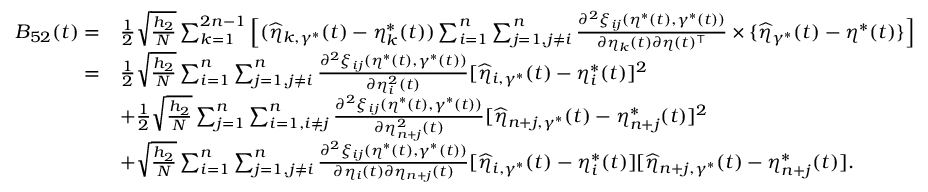
\begin{array} { r l } { B _ { 5 2 } ( t ) = } & { \frac { 1 } { 2 } \sqrt { \frac { h _ { 2 } } { N } } \sum _ { k = 1 } ^ { 2 n - 1 } \Big [ ( \widehat { \eta } _ { k , \gamma ^ { * } } ( t ) - \eta _ { k } ^ { * } ( t ) ) \sum _ { i = 1 } ^ { n } \sum _ { j = 1 , j \neq i } ^ { n } \frac { \partial ^ { 2 } \xi _ { i j } ( \eta ^ { * } ( t ) , \gamma ^ { * } ( t ) ) } { \partial \eta _ { k } ( t ) \partial \eta ( t ) ^ { \top } } \times \{ \widehat { \eta } _ { \gamma ^ { * } } ( t ) - \eta ^ { * } ( t ) \} \Big ] } \\ { = } & { \frac { 1 } { 2 } \sqrt { \frac { h _ { 2 } } { N } } \sum _ { i = 1 } ^ { n } \sum _ { j = 1 , j \neq i } ^ { n } \frac { \partial ^ { 2 } \xi _ { i j } ( \eta ^ { * } ( t ) , \gamma ^ { * } ( t ) ) } { \partial \eta _ { i } ^ { 2 } ( t ) } [ \widehat { \eta } _ { i , \gamma ^ { * } } ( t ) - \eta _ { i } ^ { * } ( t ) ] ^ { 2 } } \\ & { + \frac { 1 } { 2 } \sqrt { \frac { h _ { 2 } } { N } } \sum _ { j = 1 } ^ { n } \sum _ { i = 1 , i \neq j } ^ { n } \frac { \partial ^ { 2 } \xi _ { i j } ( \eta ^ { * } ( t ) , \gamma ^ { * } ( t ) ) } { \partial \eta _ { n + j } ^ { 2 } ( t ) } [ \widehat { \eta } _ { n + j , \gamma ^ { * } } ( t ) - \eta _ { n + j } ^ { * } ( t ) ] ^ { 2 } } \\ & { + \sqrt { \frac { h _ { 2 } } { N } } \sum _ { i = 1 } ^ { n } \sum _ { j = 1 , j \neq i } ^ { n } \frac { \partial ^ { 2 } \xi _ { i j } ( \eta ^ { * } ( t ) , \gamma ^ { * } ( t ) ) } { \partial \eta _ { i } ( t ) \partial \eta _ { n + j } ( t ) } [ \widehat { \eta } _ { i , \gamma ^ { * } } ( t ) - \eta _ { i } ^ { * } ( t ) ] [ \widehat { \eta } _ { n + j , \gamma ^ { * } } ( t ) - \eta _ { n + j } ^ { * } ( t ) ] . } \end{array}